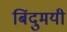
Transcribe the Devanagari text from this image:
बिंदुमयी